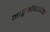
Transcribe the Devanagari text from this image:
नाङ्गभोगादिकं